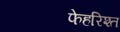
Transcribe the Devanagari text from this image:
फेहरिश्त